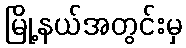
မြို့နယ်အတွင်းမှ